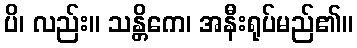
ပိ၊ လည်း။ သန္တိကေ၊ အနီးရုပ်မည်၏။